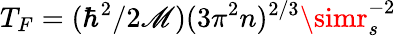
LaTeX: T_{F}=(\hbar^{2}/2\mathscr{M})(3\pi^{2}n)^{2/3}\simr_{s}^{-2}